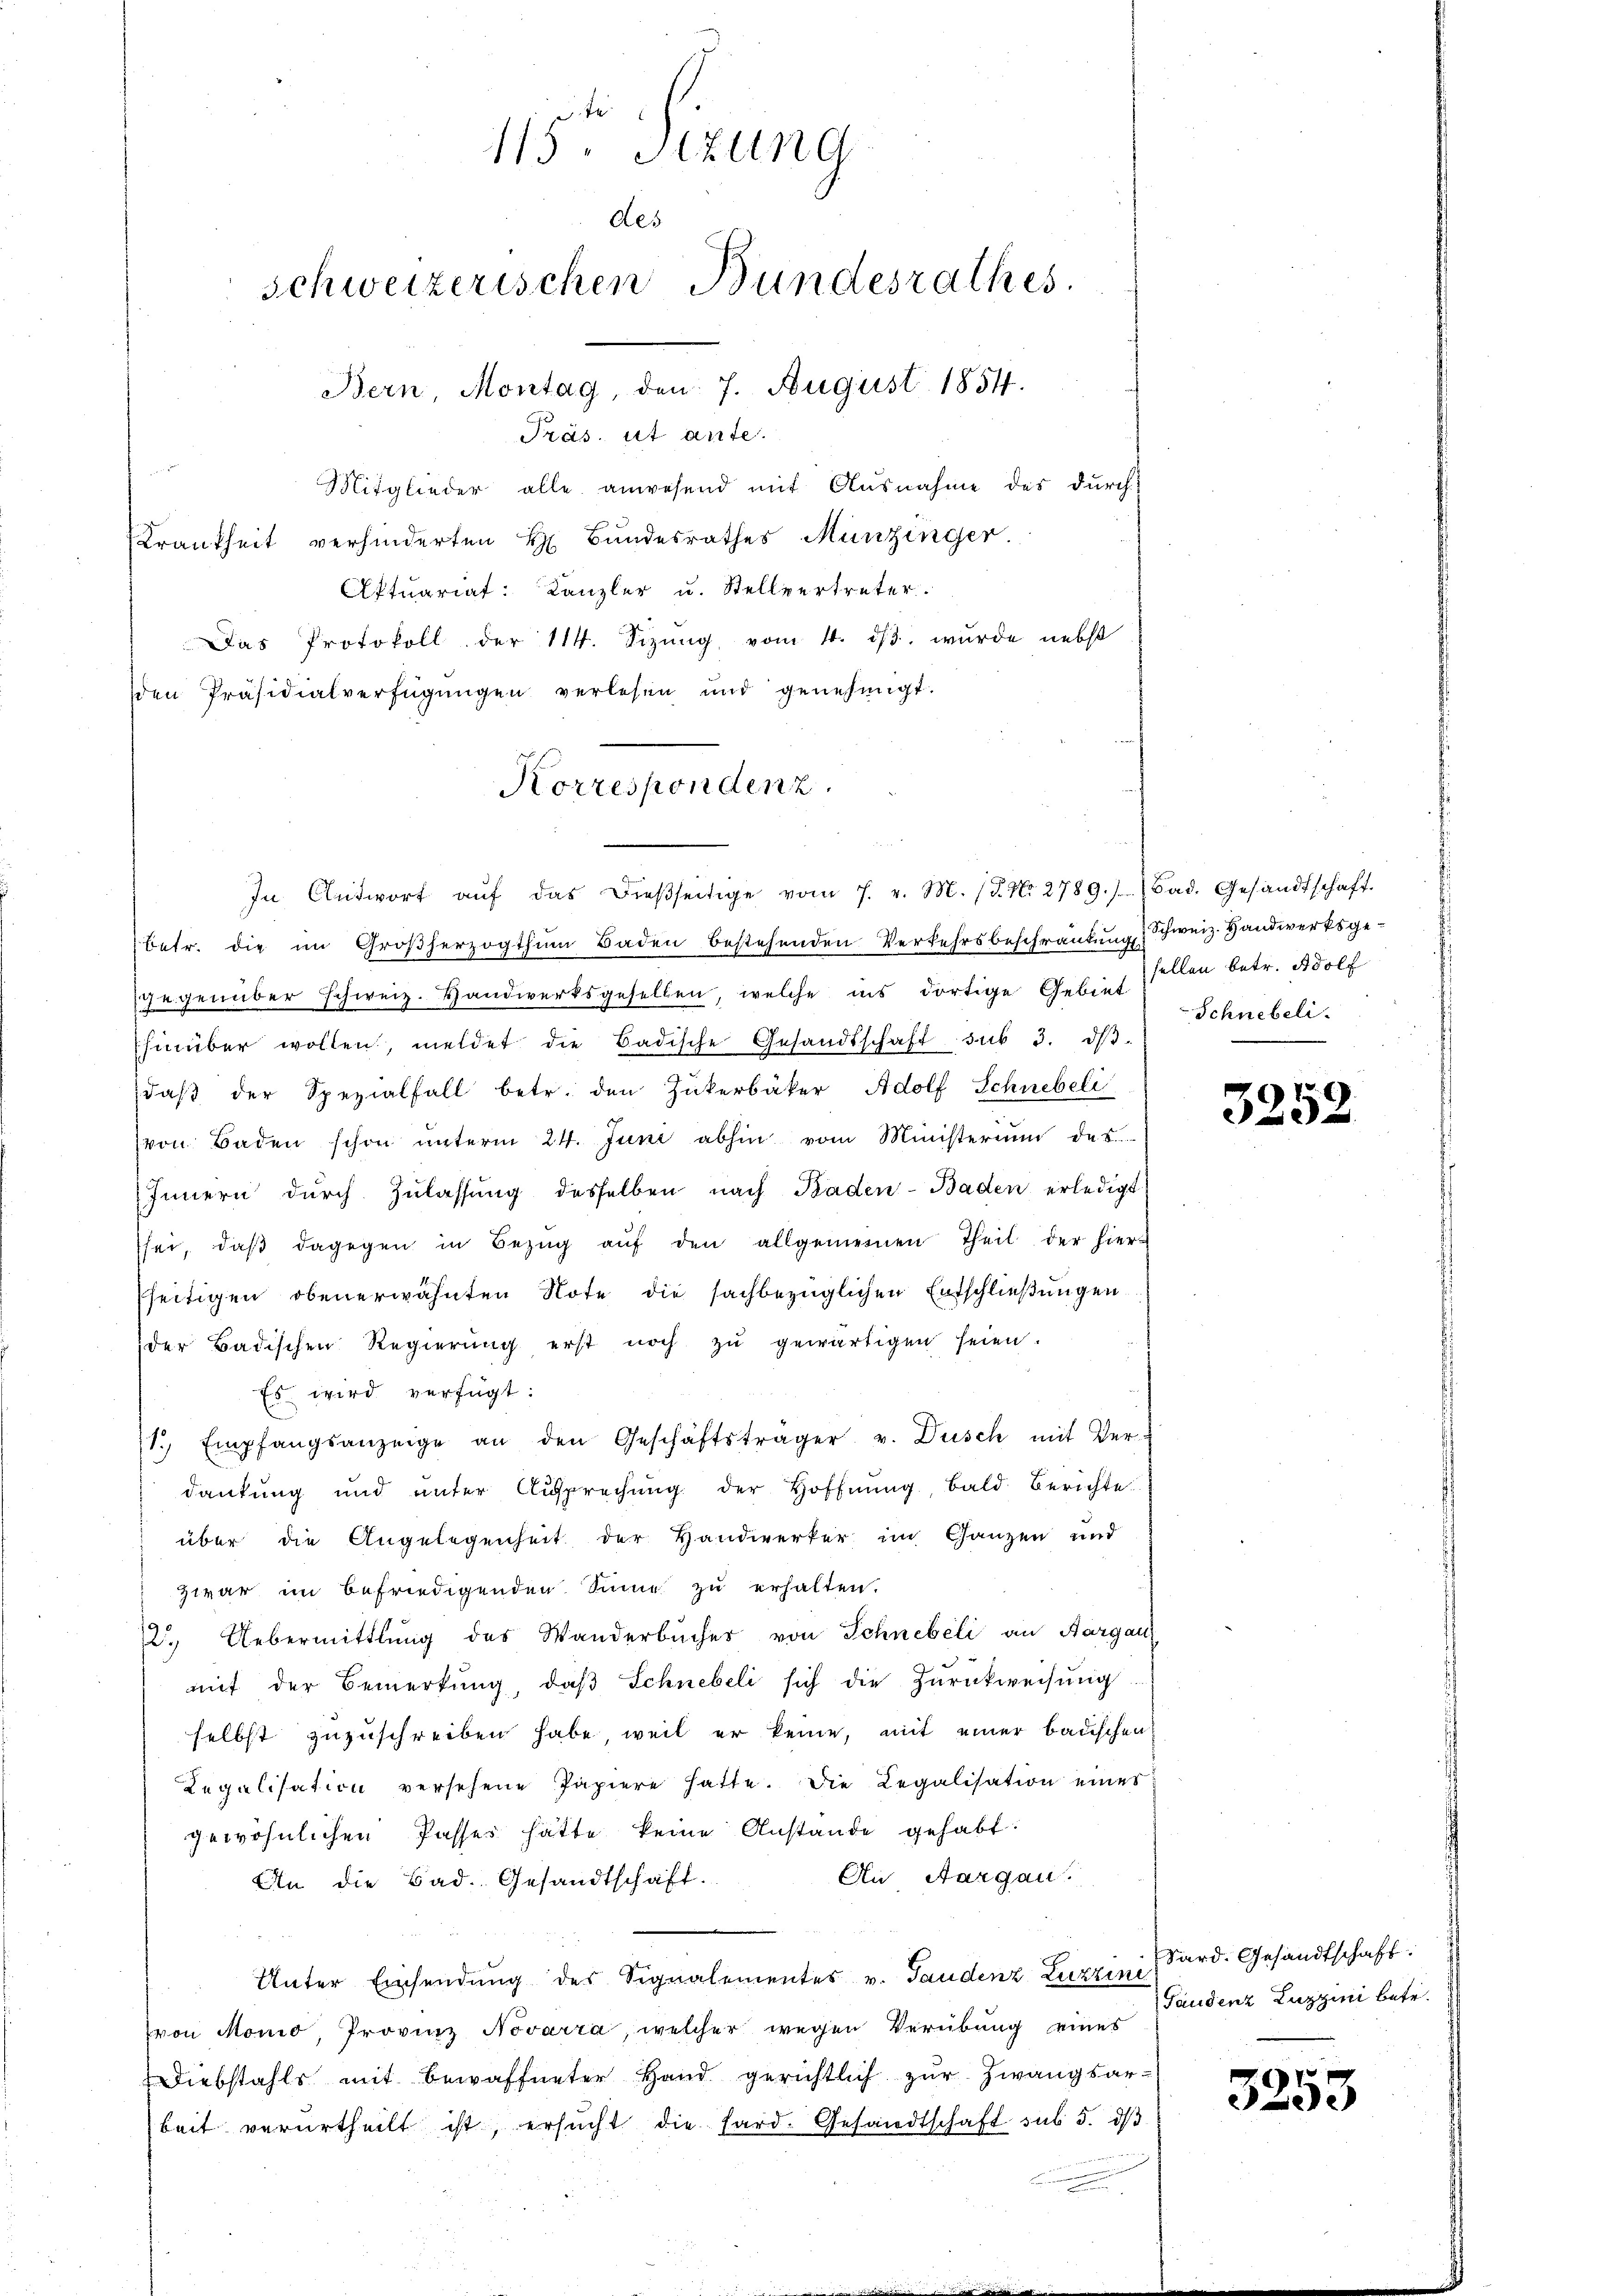
115. Sizung
des
schweizerischen Bundesrathes.
Bern Montag, den 7. August 1854.

Präs. ist ante.

Mitglieder alle anwesend mit Ausnahme des durch¬
Krankheit verhinderten H. Bŭndesrathes Munzinger.
Aktuariat: Kanzler u. Stellvertreter.
Das Protokoll der 11. Sizung vom 14. dβ. wurde nebst
den Präsidialverfügŭngen verlesen und genehmigt.
In Antwort aŭf das dieβseitige vom 7. v. M. /. N. 2789.) Bad. Gesandtschaft.
betr. die im Großherzogthum Baden bestehenden Verkehrsbeschränkung & Schweiz. Handwerksgegegenüber schweiz. Handwerksgesellen, welche ins dortige Gebiet Schnebeli-
hinüber wollen, meldet die Badische Gesandtschaft sub 3. dβ
daβ der Spezialfall betr. den Zukerbäker Adolf Schnebeli
von Baden schon ŭnterm 24. Juni abhin vom Ministerium des
Innern dŭrch Zŭlassŭng desselben nach Baden-Baden erledigt
sei, daβ dagegen in Bezŭg aŭf den allgemeinen Theil der hier-
seitigen obenerwähnten Note die sachbezüglichen Entschließungen
der Badischen Regierŭng erst noch zŭ gewärtigen seien.
Es wird verfügt:
1. Empfangsanzeige an den Geschäftsträger v. Dusch mit Ver-
dankung und ŭnter Ansprechŭng der Hoffnŭng, bald Berichte
über die Angelegenheit der Handwerker im Ganzen und
Zwar im befriedigenden Sinne zu erhalten.
2. Uebermittlung des Wanderbücher von Schnebeli an Aargau
mit der Bemerkung, daβ Schnebeli sich die Zurückweisung
selbst zuzuschreiben habe, weil er keine, mit einer badischen
Legalisation versehene Papiere hatte. Die Legalisation eines
gewöhnlichen Passes hätte keine Anstande gehabt:
An Aargau.
An die Bad. Gesandtschaft.
e
Unter Einsendung des Signalementes v. Gaudenz Zuzzini (Sard. Gesandtschaft.
(von Mono, Provinz Novarra, welcher wegen Verübung eines
Diebstahls mit bewaffneter Hand gerichtlich zur Zwangsarbeit verurtheilt ist, ersŭcht die hard-Gesandtschaft sub 5. dβ

Korrespondenz.

sellen betr. Adolf

3252

Gaudenz Luzzini betr.

3253